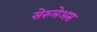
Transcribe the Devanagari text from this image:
सेरुलेअस